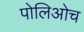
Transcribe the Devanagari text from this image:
पोलिओच